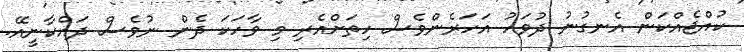
ކުއްޖެއްކަން އެނގުނު ދުވަހު އަހަރެންވެސް ހިތަށްއެރި މި ވާހަކަ ދެން ނުވެސް ދައްކާނީއޭ.